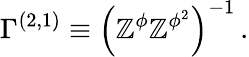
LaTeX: {\Gamma}^{(2,1)}\equiv\left(\mathbb{Z}^{\phi}\mathbb{Z}^{\phi^{2}}\right)^{-1}\, .